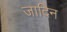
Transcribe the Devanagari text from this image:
जादिन